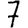
Digit: 7